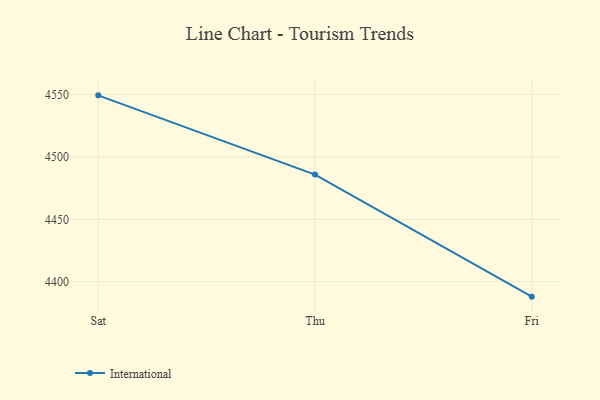
{"axis": {"x": "Day", "y": "Website Visitors"}, "legend": ["International"], "data": [{"x": "Sat", "y": 4549.4, "type": "International"}, {"x": "Thu", "y": 4485.9, "type": "International"}, {"x": "Fri", "y": 4388.0, "type": "International"}]}